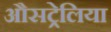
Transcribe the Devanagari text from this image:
औसट्रेलिया